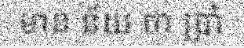
មាន ន័យ ថា ប្រាំ